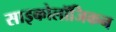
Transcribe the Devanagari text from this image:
साइकोलॉजिकन